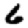
Digit: 6